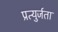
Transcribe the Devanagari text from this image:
प्रत्युर्जता